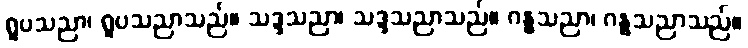
ရူပသညာ၊ ရူပသညာသည်။ သဒ္ဒသညာ၊ သဒ္ဒသညာသည်။ ဂန္ဓသညာ၊ ဂန္ဓသညာသည်။